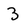
Character: 3